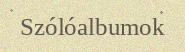
Szólóalbumok